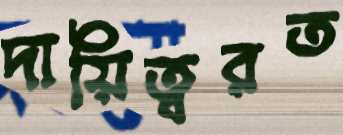
দায়িত্বরত